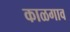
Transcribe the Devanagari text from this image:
काळगाव